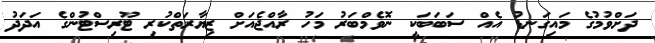
ދަށްވުމުގެ މައިގަނޑު އެއް ސަބަބަކީ ނޮވެމްބަރު މަހު ރާއްޖެއަށް ޒިޔާރަތްކުރި ޓޫރިސްޓުންގެ އަދަދު